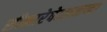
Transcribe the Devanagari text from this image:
सीमारेषेजवळच्या